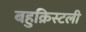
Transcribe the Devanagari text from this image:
बहुक्रिस्टली